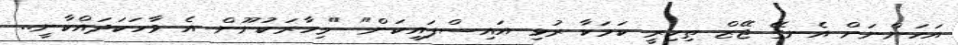
އަހަންނަށް އެނގޭ ޖޭޒް ތިހިރީ ކަމަކާ ރުޅި އައިސްފައިކަން" "މިހާރަކުނޫން އެ ވާހަކަދައްކާނީ..